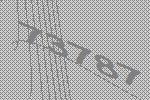
73787